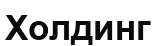
Холдинг